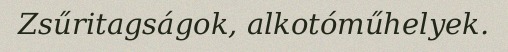
Zsűritagságok, alkotóműhelyek.